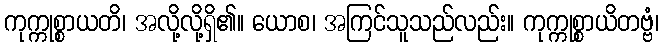
ကုက္ကုစ္စာယတိ၊ အလို့လို့ရှိ၏။ ယောစ၊ အကြင်သူသည်လည်း။ ကုက္ကုစ္စာယိတဗ္ဗံ၊